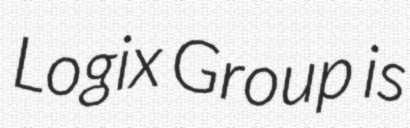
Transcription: Logix Group is